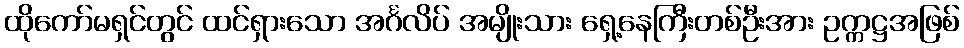
ထိုကော်မရှင်တွင် ထင်ရှားသော အင်္ဂလိပ် အမျိုးသား ရှေ့နေကြီးတစ်ဦးအား ဥက္ကဋ္ဌအဖြစ်